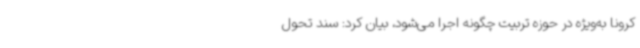
کرونا به‌ویژه در حوزه تربیت چگونه اجرا می‌شود، بیان کرد: سند تحول